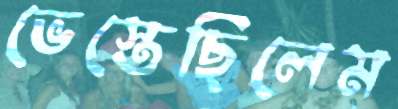
ভেস্তেছিলেম